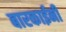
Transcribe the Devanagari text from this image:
बारकाईनी